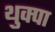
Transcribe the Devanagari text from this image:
थुक्पा